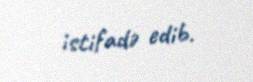
istifadə edib.